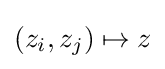
(z_{i},z_{j})\mapsto z